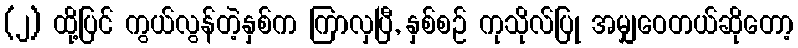
(၂) ထို့ပြင် ကွယ်လွန်တဲ့နှစ်က ကြာလှပြီ, နှစ်စဉ် ကုသိုလ်ပြု အမျှဝေတယ်ဆိုတော့